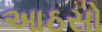
આઠસો